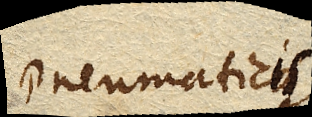
Pneumaticis